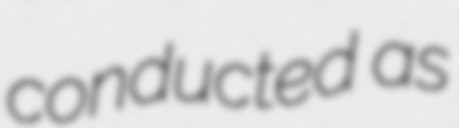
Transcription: conducted as